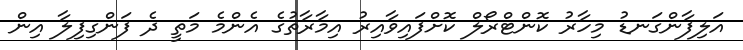
އަލިފާންގަނޑު މިހާރު ކޮންޓްރޯލް ކޮށްފައިވާއިރު އިމާރާތުގެ އެންމެ މަތީ ދެ ފަންގިފިލާ އިން